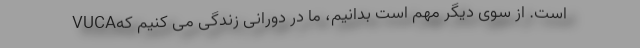
است. از سوی دیگر مهم است بدانیم، ما در دورانی زندگی می کنیم کهVUCA